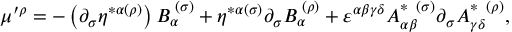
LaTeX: \mu ^ { \prime \rho } = - \left( \partial _ { \sigma } \eta ^ { * \alpha ( \rho ) } \right) B _ { \alpha } ^ { \; ( \sigma ) } + \eta ^ { * \alpha ( \sigma ) } \partial _ { \sigma } B _ { \alpha } ^ { \; ( \rho ) } + \varepsilon ^ { \alpha \beta \gamma \delta } A _ { \alpha \beta } ^ { * \; \; ( \sigma ) } \partial _ { \sigma } A _ { \gamma \delta } ^ { * \; \; ( \rho ) } ,